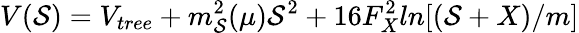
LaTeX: V({\cal S})=V_{tree}+m_{\cal S}^{2}(\mu){\cal S}^{2}+16F_{X}^{2}ln[({\cal S}+X)/m]